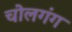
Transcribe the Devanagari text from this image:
चोलगंग